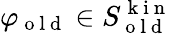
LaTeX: \varphi_{\mathrm{~o~l~d~}}\in S_{\mathrm{~o~l~d~}}^{\mathrm{~k~i~n~}}